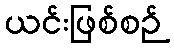
ယင်းဖြစ်စဉ်